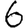
Digit: 6